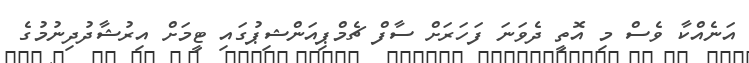
އަނެއްކާ ވެސް މި އޮތީ ދެވަނަ ފަހަރަށް ސާފް ޗެމްޕިއަންޝިޕުގައި ޓީމަށް އިރުޝާދުދިނުމުގެ